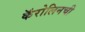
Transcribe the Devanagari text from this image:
कॅरोलिनची